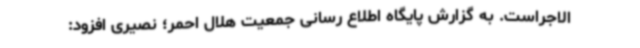
الاجراست. به گزارش پایگاه اطلاع رسانی جمعیت هلال احمر؛ نصیری افزود: